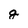
Character: g